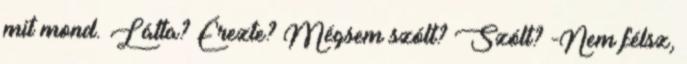
mit mond. Látta? Érezte? Mégsem szólt? Szólt? -Nem félsz,